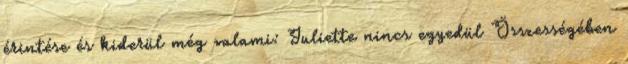
érintése és kiderül még valami: Juliette nincs egyedül Összességében